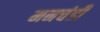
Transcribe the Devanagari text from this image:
मनचंडी